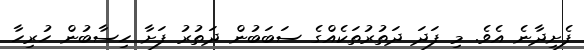
ފެށިދާނެ އެވެ. މި ފަދަ ދަތުރުތަކެއްގެ ސަބަބުން ދަތުރު ފަށާ ހިސާބުން ހުރިހާ